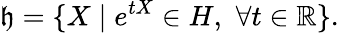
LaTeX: {\mathfrak{h}}=\{ X\mid e^{tX}\in H,\, \, \forall t\in\mathbb{R}\} .